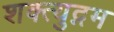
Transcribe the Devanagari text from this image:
शक्त्युद्गम